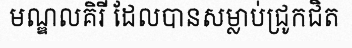
មណ្ឌលគិរី ដែលបានសម្លាប់ជ្រូកជិត